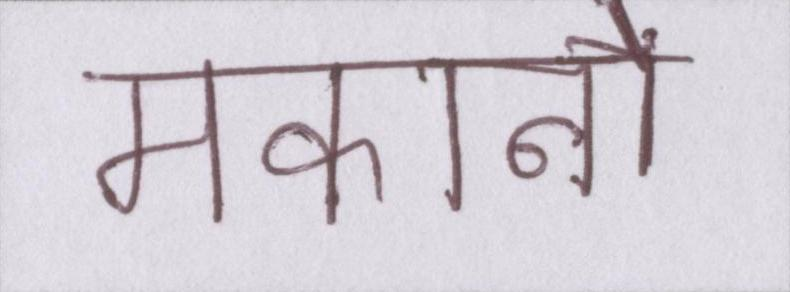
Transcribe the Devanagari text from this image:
मकानों